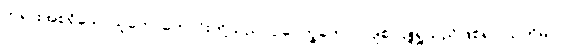
ဘုရားအစရှိသောသူတော်ကောင်းတို့သည်။ ဥပေက္ခကော၊ လျစ်လျူရှုသည်ဖြစ်၍။ သတိမာ၊